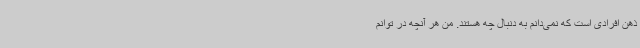
ذهن افرادی است که نمی‌دانم به دنبال چه هستند. من هر آنچه در توانم